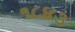
૧૮૪૩